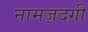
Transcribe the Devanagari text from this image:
नामज़दगी